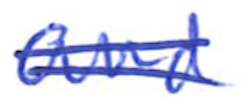
Text: and
Cross-out: double-line
Writing tool: ballpoint